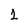
Character: 1